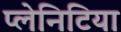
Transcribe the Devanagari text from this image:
प्लेनिटिया